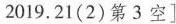
2019.21(2)第3空]